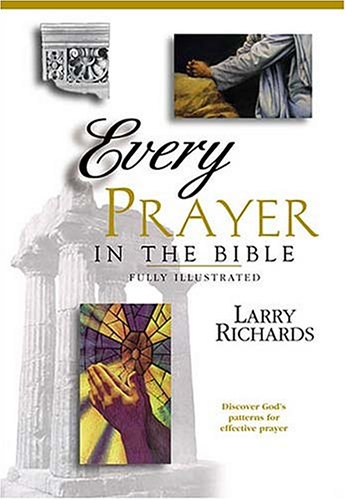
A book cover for Every Prayer in the Bible; Lawrence O. Richards; Christian Books & Bibles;